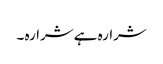
شرارہ ہے شرارہ ۔